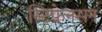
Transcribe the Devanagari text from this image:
स्टिफ़ेनसन